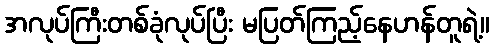
အလုပ်ကြီးတစ်ခုံလုပ်ပြီး မပြတ်ကြည့်နေဟန်တူရဲ့။